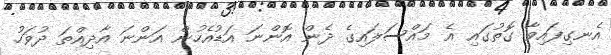
އެނގިފައިވާ ގޮތުގައި އެ މައްސަލައިގެ ދެން އޮންނަ އަޑުއެހުން އަންނަ އާދިއްތަ ދުވަހު